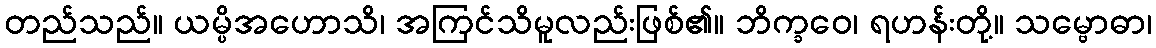
တည်သည်။ ယမ္ပိအဟောသိ၊ အကြင်သိမူလည်းဖြစ်၏။ ဘိက္ခဝေ၊ ရဟန်းတို့။ သမ္ဗောဓာ၊